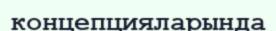
концепцияларында